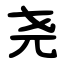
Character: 尧